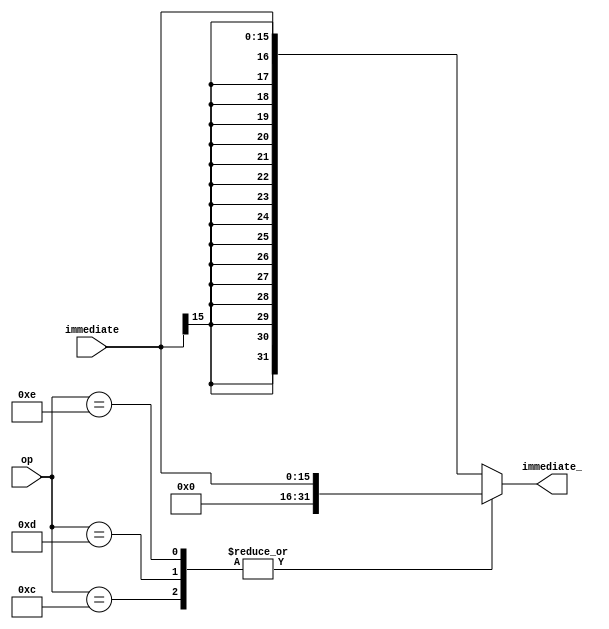
module sign_zero_extinsion(input signed [15:0] immediate , input [5:0] op , output reg signed [31:0] immediate_);
    
always @(*) begin

    case (op)
    
    6'b001100: immediate_ = {16'h0000 , immediate};
    
    6'b001101: immediate_ = {16'h0000 , immediate};
   
    6'b001110:immediate_ = {16'h0000 , immediate};

    default: immediate_ = {{16{immediate[15]}} , immediate};
endcase
    
end





endmodule